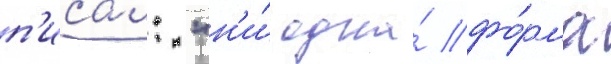
п'исал: "н'и́ одна́ фо́рма